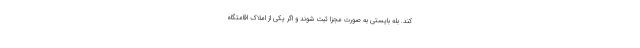
کند. بله بایستی به صورت مجزا ثبت شوند و اگر یکی از املاک اقامتگاه